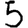
Digit: 5